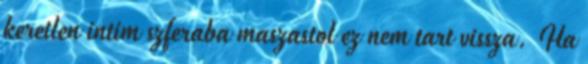
keretlen intim szferaba maszastol ez nem tart vissza. Ha